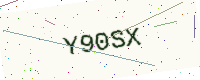
Text: Y90SX